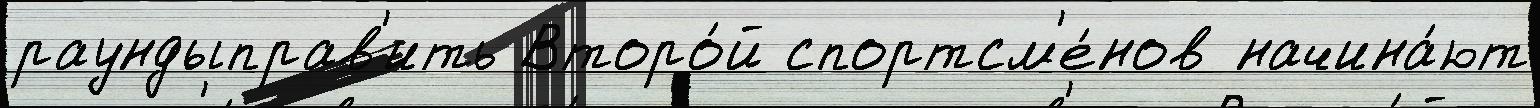
раундыправ'ить Второ́й спортсм'е́нов начина́ют